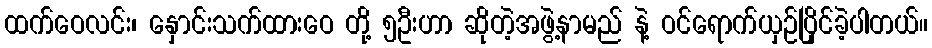
ထက်ဝေလင်း၊ နှောင်းသက်ထားဝေ တို့ ၅ဦးဟာ ဆိုတဲ့အဖွဲ့နာမည် နဲ့ ဝင်ရောက်ယှဉ်ပြိုင်ခဲ့ပါတယ်။